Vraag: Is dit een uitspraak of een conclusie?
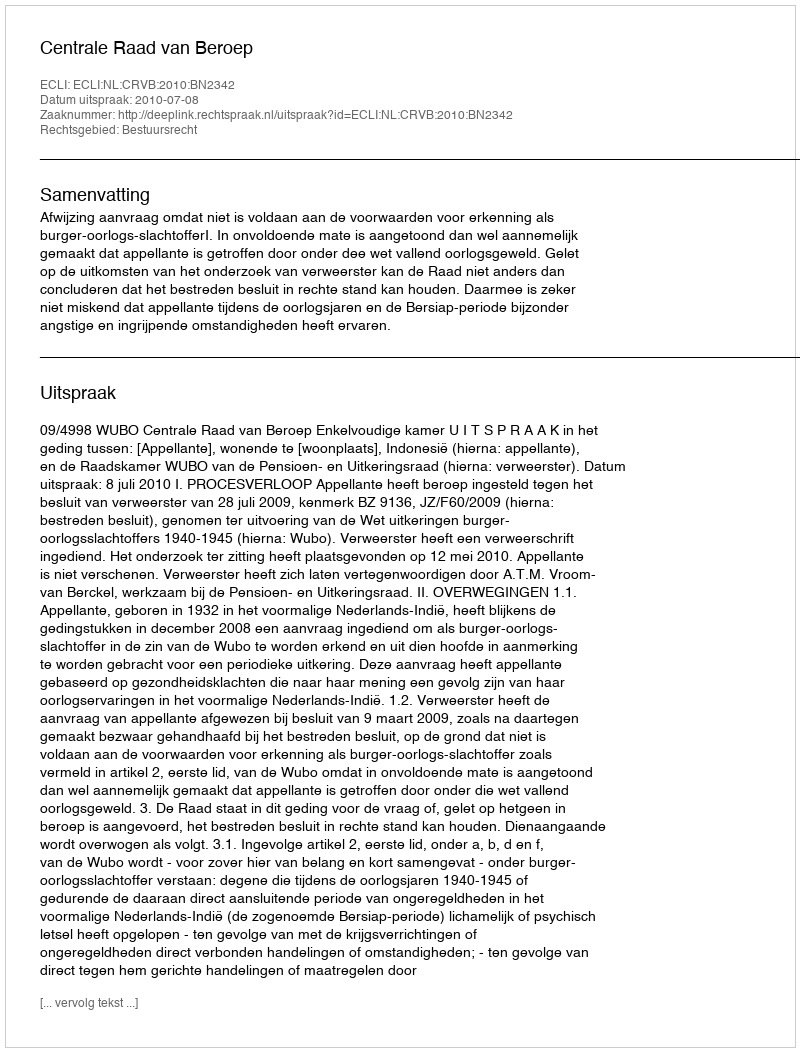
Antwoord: Uitspraak